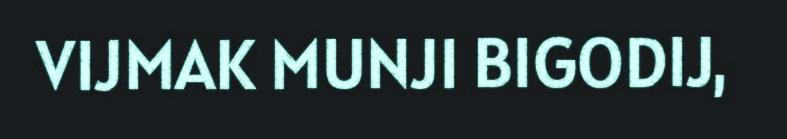
VIJMAK MUNJI BIGODIJ,